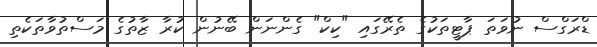
ޑްރަގްސް ނުވަތަ ޕާޓީތަކުގެ ތެރޭގައި "ކިކް" ގެންނަން ބޭނުން ކުރާ ޒާތުގެ މަސްތުވާތަކެތި